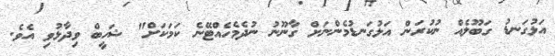
އަޅުގަނޑު ގަބޫލެއް ނުކުރަން އަޅުގަނޑުމެންނަށް ގާނޫނު ނުދެމެހެއްޓޭނެ ކަމަކަށް" ޝަހީބް ވިދާޅުވި އެވެ.